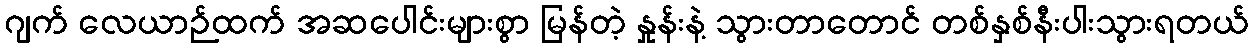
ဂျက် လေယာဉ်ထက် အဆပေါင်းများစွာ မြန်တဲ့ နှုန်းနဲ့ သွားတာတောင် တစ်နှစ်နီးပါးသွားရတယ်